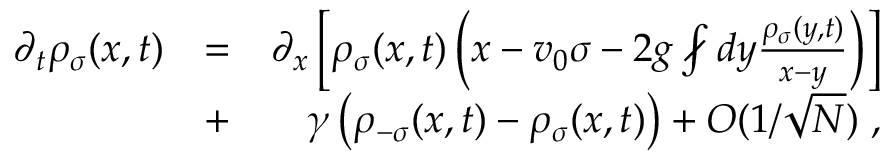
\begin{array} { r l r } { \partial _ { t } \rho _ { \sigma } ( x , t ) } & { = } & { \partial _ { x } \left[ \rho _ { \sigma } ( x , t ) \left( x - v _ { 0 } \sigma - 2 g \fint d y \frac { \rho _ { \sigma } ( y , t ) } { x - y } \right) \right] } \\ & { + } & { \gamma \left( \rho _ { - \sigma } ( x , t ) - \rho _ { \sigma } ( x , t ) \right) + O ( 1 / \sqrt { N } ) \; , } \end{array}